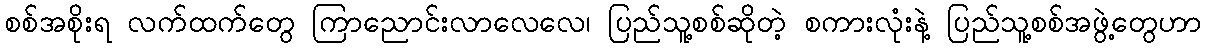
စစ်အစိုးရ လက်ထက်တွေ ကြာညောင်းလာလေလေ၊ ပြည်သူ့စစ်ဆိုတဲ့ စကားလုံးနဲ့ ပြည်သူ့စစ်အဖွဲ့တွေဟာ